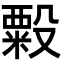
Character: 𬖫